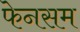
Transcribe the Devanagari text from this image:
फेनसम